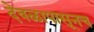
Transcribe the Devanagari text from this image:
देवळापासूनच